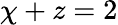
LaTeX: \chi+z=2